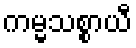
ကမ္မသစ္စာယီ